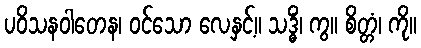
ပဝိသနဝါတေန၊ ဝင်သော လေနှင့်။ သဒ္ဓိံ၊ ကွ။ စိတ္တံ၊ ကို။